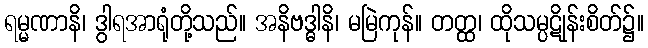
ရမ္မဏာနိ၊ ဒွါရအာရုံတို့သည်။ အနိဗဒ္ဓါနိ၊ မမြဲကုန်။ တတ္ထ၊ ထိုသမ္ပဋိုန်းစိတ်၌။